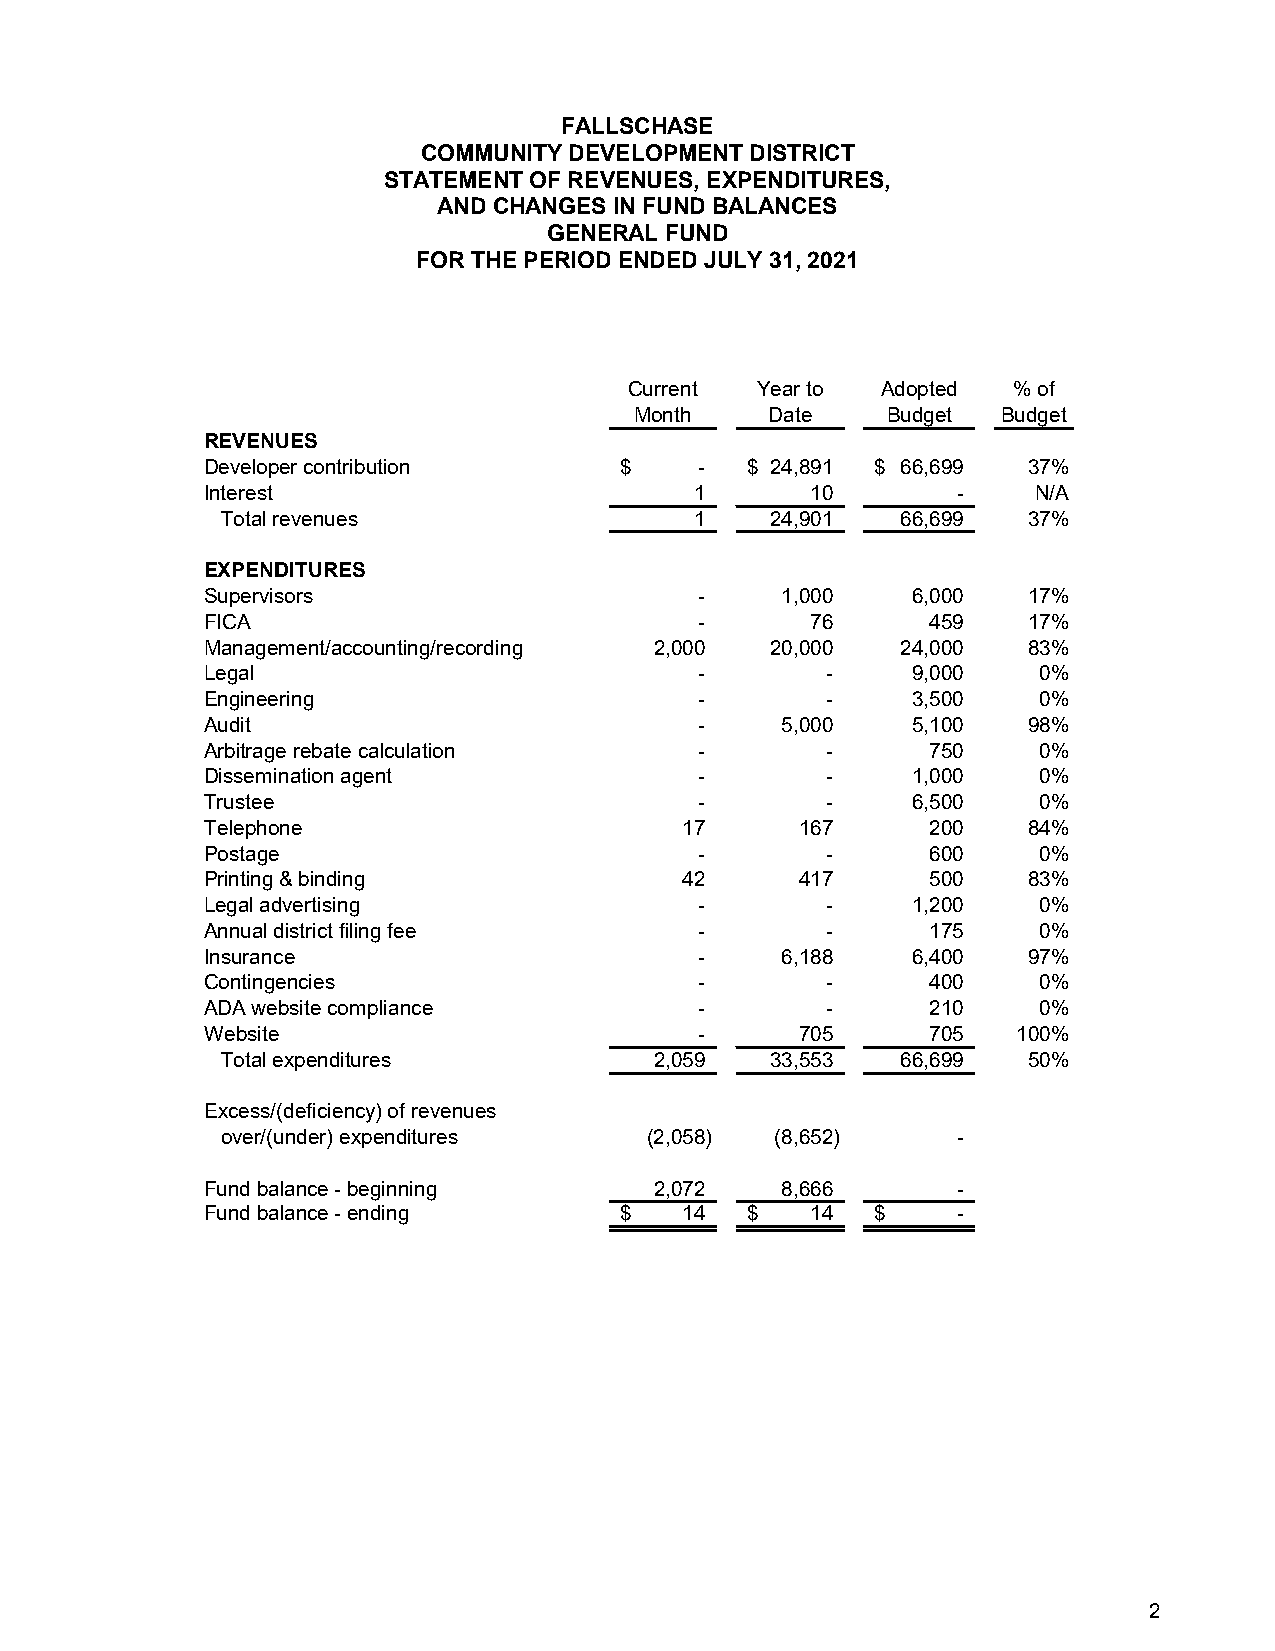
FALLSCHASE
 COMMUNITY DEVELOPMENT DISTRICT
 STATEMENT OF REVENUES, EXPENDITURES,
 AND CHANGES IN FUND BALANCES
 GENERAL FUND
 FOR THE PERIOD ENDED JULY 31, 2021
 Current Year to Adopted  % of
 Month    Date    Budget Budget
 REVENUES
 Developer contribution     $    -  $ 24,891 $ 66,699  37%
 Interest                        1       10       -     N/A
 Total revenues                 1    2 4,901  6 6,699 37%
 EXPENDITURES
 Supervisors                     -     1,000   6,000   17%
 FICA                            -       76      459   17%
 Management/accounting/recording 2,000 20,000  24,000  83%
 Legal                           -        -    9,000    0%
 Engineering                     -        -    3,500    0%
 Audit                           -     5,000   5,100   98%
 Arbitrage rebate calculation    -        -      750    0%
 Dissemination agent             -        -    1,000    0%
 Trustee                         -        -    6,500    0%
 Telephone                      17      167      200   84%
 Postage                         -        -      600    0%
 Printing & binding             42      417      500   83%
 Legal advertising               -        -    1,200    0%
 Annual district filing fee      -        -      175    0%
 Insurance                       -     6,188   6,400   97%
 Contingencies                   -        -      400    0%
 ADA website compliance          -        -      210    0%
 Website                         -      705      705  100%
 Total expenditures          2 ,059  3 3,553  6 6,699 50%
 Excess/(deficiency) of revenues
 over/(under) expenditures   (2,058) (8,652)     -
 Fund balance - beginning     2,072    8,666      -
 Fund balance - ending      $   14  $    14  $    -
 2